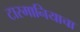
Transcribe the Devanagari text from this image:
टास्मानियाचा